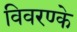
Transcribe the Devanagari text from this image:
विवरण्के